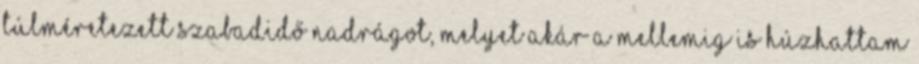
túlméretezett szabadidő nadrágot, melyet akár a mellemig is húzhattam